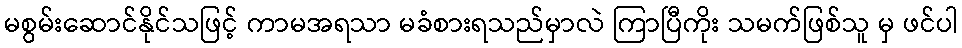
မစွမ်းဆောင်နိုင်သဖြင့် ကာမအရသာ မခံစားရသည်မှာလဲ ကြာပြီကိုး သမက်ဖြစ်သူ မှ ဖင်ပါ